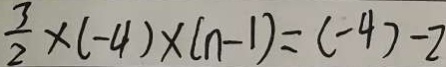
\frac { 3 } { 2 } \times ( - 4 ) \times ( n - 1 ) = ( - 4 ) - 2